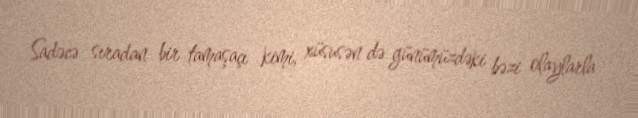
Sadəcə sıradan bir tamaşaçı kimi, xüsusən də günümüzdəki bəzi olaylarla